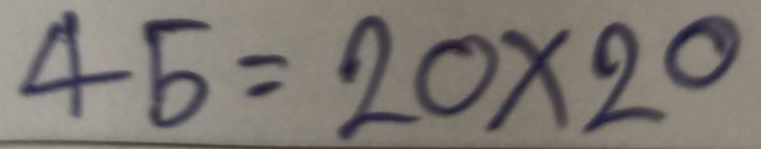
45 = 20x20